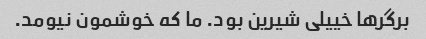
برگرها خییلی شیرین بود. ما که خوشمون نیومد.